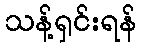
သန့်ရှင်းရန်